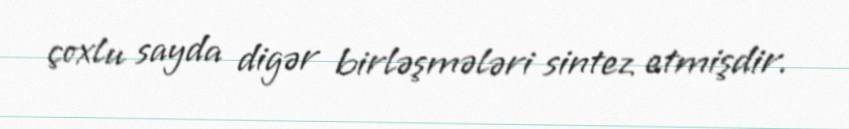
çoxlu sayda digər birləşmələri sintez etmişdir.